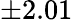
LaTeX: \pm 2.01